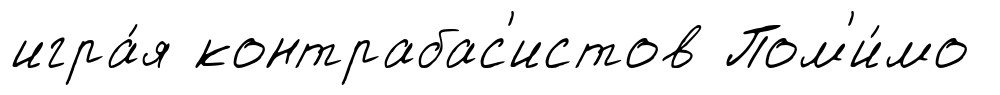
игра́я контрабас'истов Пом'и́мо